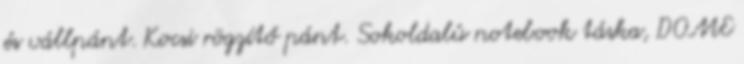
és vállpánt. Kocsi rögzítő pánt. Sokoldalú notebook táska, DOME